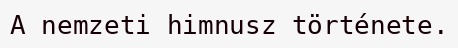
A nemzeti himnusz története.